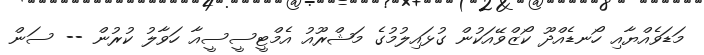
މަޑަވެއްޔާއި ހޯނޑެއްދޫ ކޯޒްވޭއަކުން ގުޅައިލުމުގެ މަޝްރޫއު އެމްޓީސީސީއާ ހަވާލު ކުރުން -- ސަން